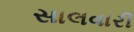
સાલવારી